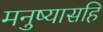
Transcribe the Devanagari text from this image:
मनुष्यासहि